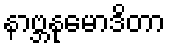
နာဗ္ဘနုမောဒိတာ